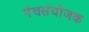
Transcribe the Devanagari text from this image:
पंचसंयोजक